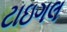
ટાઇગલ